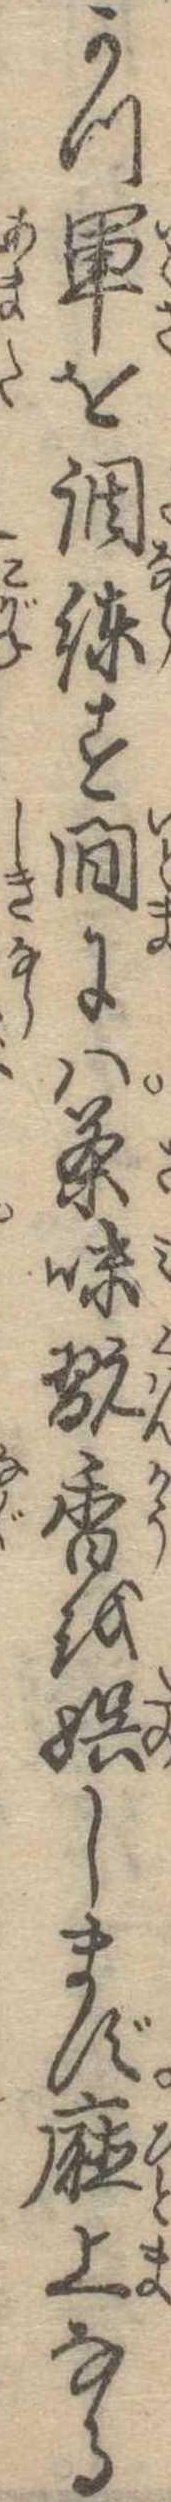
かつ軍を調練す間には茶味翫香を娯しまず庁上なる